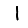
Digit: 1